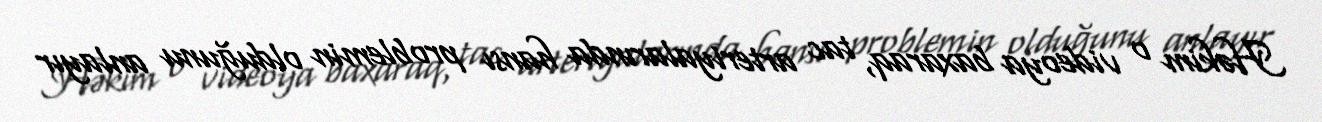
Həkim o videoya baxaraq, tac arteriyalarında hansı problemin olduğunu anlayır